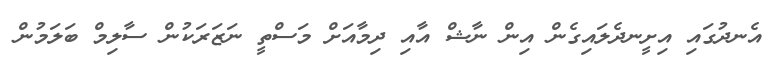
އެނދުގައި އިށީނދެލައިގެން އިން ނާޝް އާއި ދިމާއަށް މަސްތީ ނަޒަރަކުން ސާލިމް ބަލަމުން